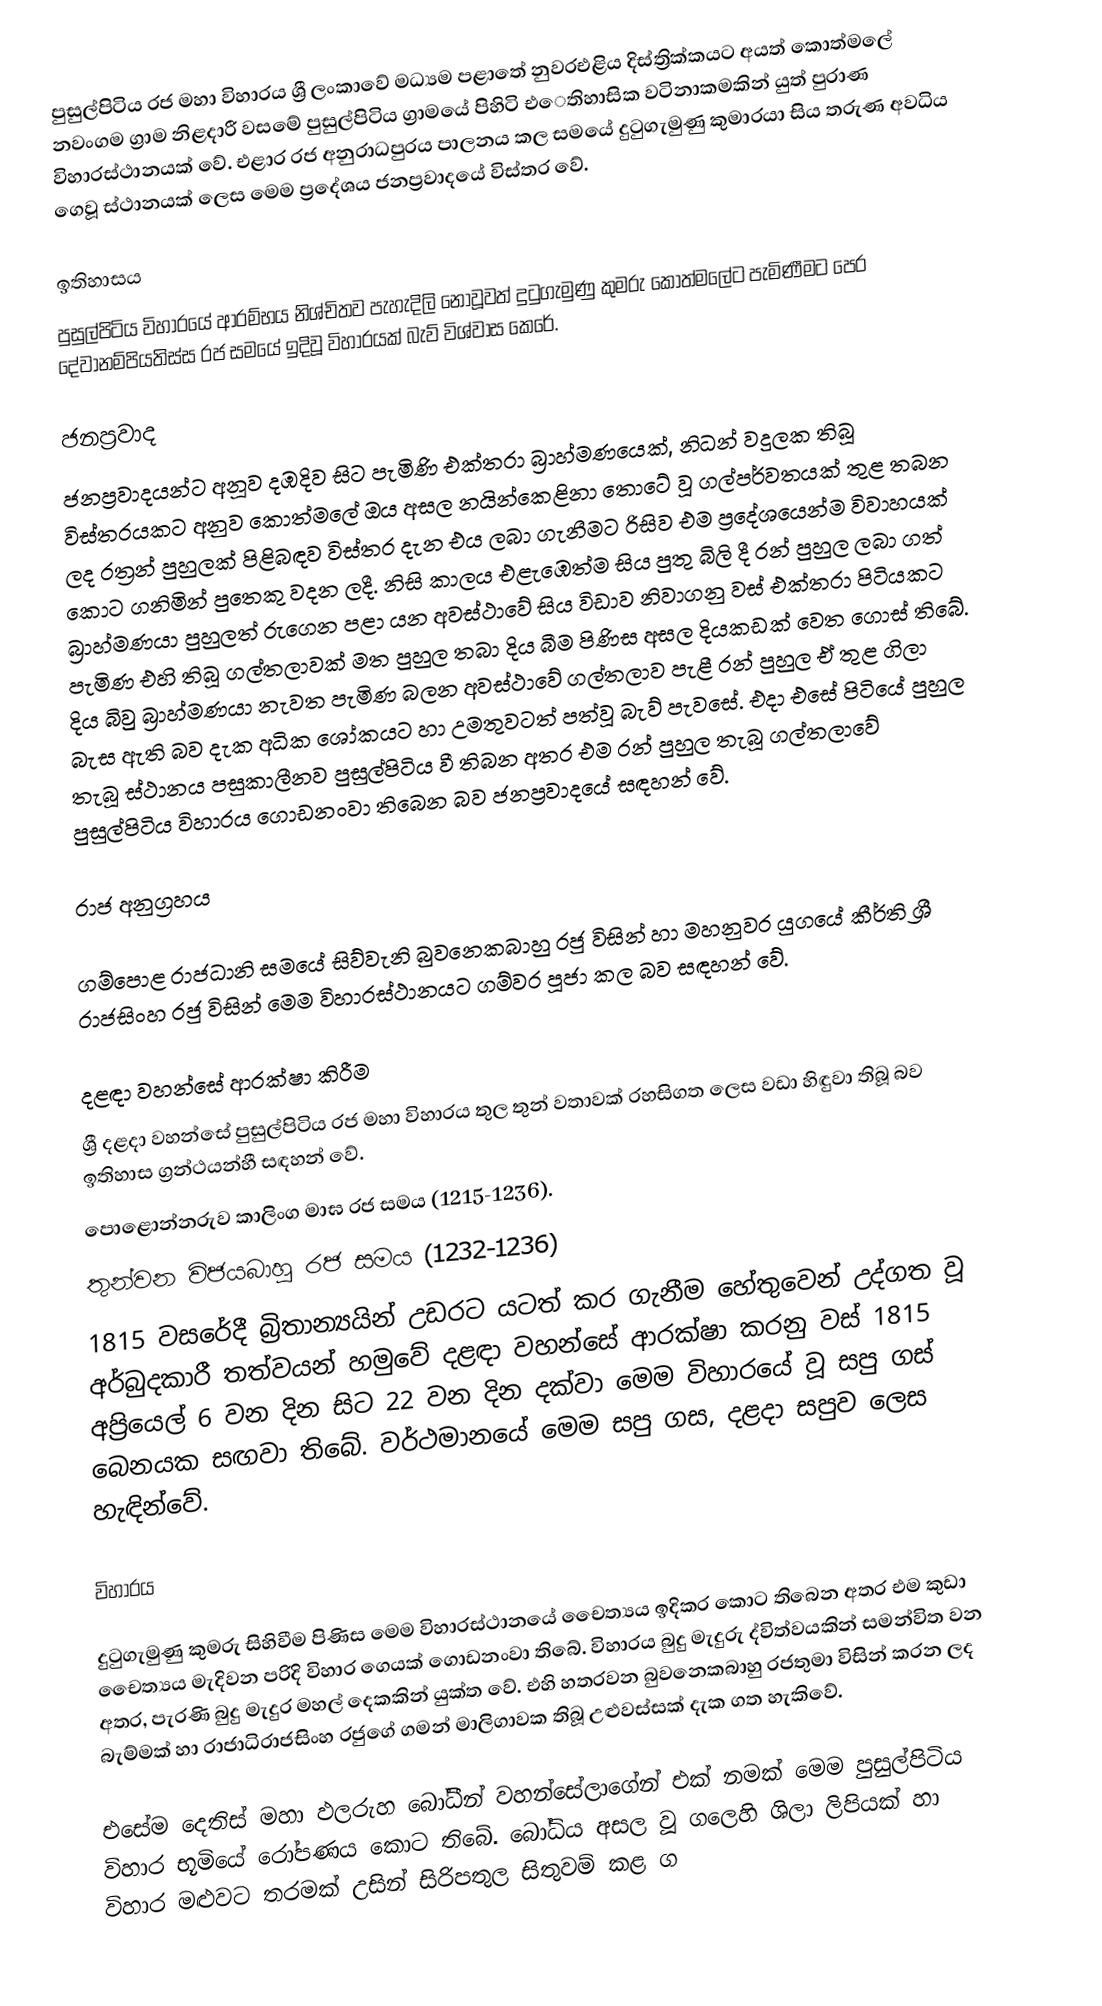
පුසුල්පිටිය රජ මහා විහාරය ශ්‍රී ලංකාවේ මධ්‍යම පළාතේ නුවරඑළිය දිස්ත්‍රික්කයට අයත් කොත්මලේ නවංගම ග්‍රාම නිළදාරී වසමේ  පුසුල්පිටිය ග්‍රාමයේ පිහිටි එෙතිහාසික වටිනාකමකින් යුත් පුරාණ විහාරස්ථානයක් වේ. එළාර රජ අනුරාධපුරය පාලනය කල සමයේ දුටුගැමුණු කුමාරයා සිය තරුණ අවධිය ගෙවූ ස්ථානයක් ලෙස මෙම ප්‍රදේශය ජනප්‍රවාදයේ විස්තර වේ.

ඉතිහාසය
පුසුල්පිටිය විහාරයේ ආරම්භය නිශ්චිතව පැහැදිලි නොවූවත් දුටුගැමුණු කුමරු කොත්මලේට පැමිණීමට පෙර දේවානම්පියතිස්ස රජ සමයේ ඉදිවූ විහාරයක් බැව් විශ්වාස කෙරේ.

ජනප්‍රවාද
ජනප්‍රවාදයන්ට අනූව දඹදිව සිට පැමිණි එක්තරා බ්‍රාහ්මණයෙක්, නිධන් වදුලක තිබූ විස්තරයකට අනුව කොත්මලේ ඔය අසල නයින්කෙළිනා තොටේ වූ ගල්පර්වතයක් තුළ තබන ලද රත්‍රන් පුහුලක් පිළිබඳව විස්තර දැන එය ලබා ගැනීමට රිසිව එම ප්‍රදේශයෙන්ම විවාහයක් කොට ගනිමින් පුතෙකු වදන ලදී. නිසි කාලය එළැඹෙත්ම සිය පුතු බිලි දී රන් පුහුල ලබා ගත් බ්‍රාහ්මණයා පුහුලත් රුගෙන පළා යන අවස්ථාවේ සිය විඩාව නිවාගනු වස් එක්තරා පිටියකට පැමිණ එහි තිබූ ගල්තලාවක් මත පුහුල තබා දිය බීම පිණිස අසල දියකඩක් වෙත ගොස් තිබේ. දිය බිවු බ්‍රාහ්මණයා නැවත පැමිණ බලන අවස්ථාවේ ගල්තලාව පැළී රන් පුහුල ඒ තුළ ගිලා බැස ඇති බව දැක අධික ශෝකයට හා උමතුවටත් පත්වූ බැව් පැවසේ. එදා එසේ පිටියේ පුහුල තැබූ ස්ථානය පසුකාලීනව පුසුල්පිටිය වී තිබන අතර එම රන් පුහුල තැබූ ගල්තලාවේ පුසුල්පිටිය විහාරය ගොඩනංවා තිබෙන බව ජනප්‍රවාදයේ සඳහන් වේ.

රාජ අනුග්‍රහය

ගම්පොළ රාජධානි සමයේ සිව්වැනි බුවනෙකබාහු රජු විසින් හා මහනුවර යුගයේ කීර්ති ශ්‍රී රාජසිංහ රජු විසින් මෙම විහාරස්ථානයට ගම්වර පූජා කල බව සඳහන් වේ.

දළඳා වහන්සේ ආරක්ෂා කිරීම
ශ්‍රී දළදා වහන්සේ පුසුල්පිටිය රජ මහා විහාරය තුල තුන් වතාවක් රහසිගත ලෙස වඩා හිඳුවා තිබූ බව ඉතිහාස ග්‍රන්ථයන්හී සඳහන් වේ.
 පොළොන්නරුව කාලිංග මාඝ රජ සමය (1215-1236).
 තුන්වන විජයබාහු රජ සමය (1232-1236)
 1815 වසරේදී බ්‍රිතාන්‍යයින් උඩරට යටත් කර ගැනීම හේතුවෙන් උද්ගත වූ අර්බුදකාරී තත්වයන් හමුවේ දළඳා වහන්සේ ආරක්ෂා කරනු වස් 1815 අප්‍රියෙල් 6 වන දින සිට 22 වන දින දක්වා මෙම විහාරයේ වූ සපු ගස් බෙනයක සඟවා තිබේ. වර්ථමානයේ මෙම සපු ගස, දළදා සපුව ලෙස හැඳින්වේ.

විහාරය

දුටුගැමුණු කුමරු සිහිවීම පිණිස මෙම විහාරස්ථානයේ චෛත්‍යය ඉදිකර කොට තිබෙන අතර එම කුඩා චෛත්‍යය මැදිවන පරිදි විහාර ගෙයක් ගොඩනංවා තිබේ. විහාරය බුදු මැදුරු ද්විත්වයකින් සමන්විත වන අතර, පැරණි බුදු මැදුර මහල් දෙකකින් යුක්ත වේ. එහි හතරවන බුවනෙකබාහු රජතුමා විසින් කරන ලද බැම්මක් හා රාජාධිරාජසිංහ රජුගේ ගමන් මාලිගාවක තිබූ උළුවස්සක් දැක ගත හැකිවේ.

එසේම දෙතිස් මහා ඵලරුහ බෝධීන් වහන්සේලාගේන් එක් නමක් මෙම පුසුල්පිටිය විහාර භූමියේ රෝපණය කොට තිබේ. බෝධිය අසල වූ ගලෙහි ශිලා ලිපියක් හා විහාර මළුවට තරමක් උසින් සිරිපතුල සිතුවම් කළ ග